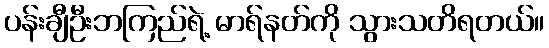
ပန်းချီဦးဘကြည်ရဲ့ မာရ်နတ်ကို သွားသတိရတယ်။